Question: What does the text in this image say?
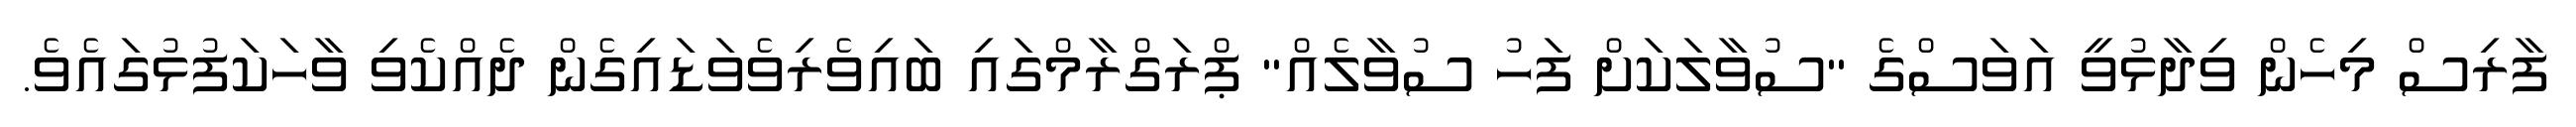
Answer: ފާރިސް މިހެން ވިދާޅުވީ އަވަސްގެ "ސުވާލަކަށް ފަހު ސުވާލެއް" ޕްރަގްރާމްގައި ބައިވެރިވެވަޑައިގެން ދެއްކެވި ވާހަކަފުޅުގައެވެ.